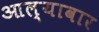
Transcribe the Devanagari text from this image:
आल्यावार